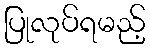
ပြုလုပ်ရမည့်